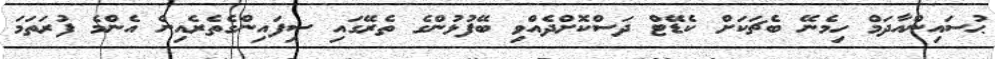
ޙުސައިންއާދަމް ހިމެނޭ ބެޗަކަށް ކެޑޭޓް ދަސްކޮށްދެއްވި ބޭފުޅުންގެ ތެރޭގައި ސިފައިންގެތެރެއިން އެންމެ ފުރަތަމަ